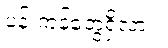
ပန်းကန်တွေရှိလား။